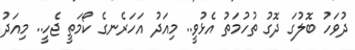
ދުވަހު ބޮލުގަ ދޮގު ތުހުމަތު އެޅުވީ.. މިއަދު އަހަރެނގެ ކޯމަތީ ޖެހީ.. މިއަދު